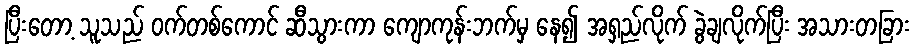
ပြီးတော့ သူသည် ဝက်တစ်ကောင် ဆီသွားကာ ကျောကုန်းဘက်မှ နေ၍ အရှည်လိုက် ခွဲချလိုက်ပြီး အသားတခြား